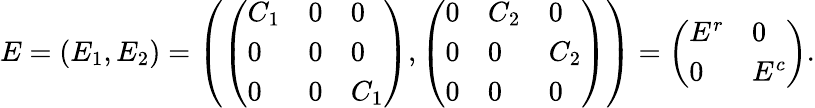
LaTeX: E=(E_{1},E_{2})=\left(\left(\begin{array}{lll}{C_{1}}&{0}&{0}\\ {0}&{0}&{0}\\ {0}&{0}&{C_{1}}\end{array}\right),\left(\begin{array}{lll}{0}&{C_{2}}&{0}\\ {0}&{0}&{C_{2}}\\ {0}&{0}&{0}\end{array}\right)\right)=\left(\begin{array}{ll}{E^{r}}&{0}\\ {0}&{E^{c}}\end{array}\right).